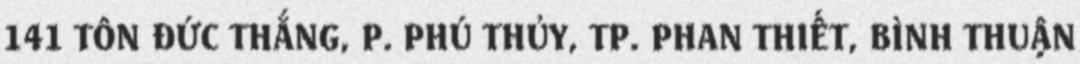
141 TÔN ĐỨC THẮNG, P. PHÚ THỦY, TP. PHAN THIẾT, BÌNH THUẬN